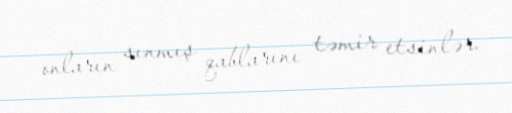
onların sınmış qablarını təmir etsinlər.